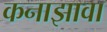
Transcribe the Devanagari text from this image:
कनाझावा